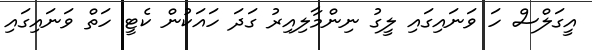
އީގަލްސް ހަ ވަނައިގައި ލީގު ނިންމާލިއިރު ގަދަ ހައަކުން ކެޓީ ހަތް ވަނައިގައި